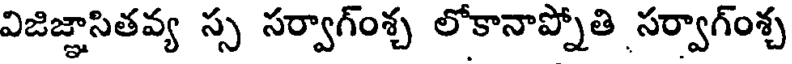
విజిజ్ఞాసితవ్య స్స సర్వాగ్ంశ్చ లోకానాప్నోతి సర్వాగ్ంశ్చ